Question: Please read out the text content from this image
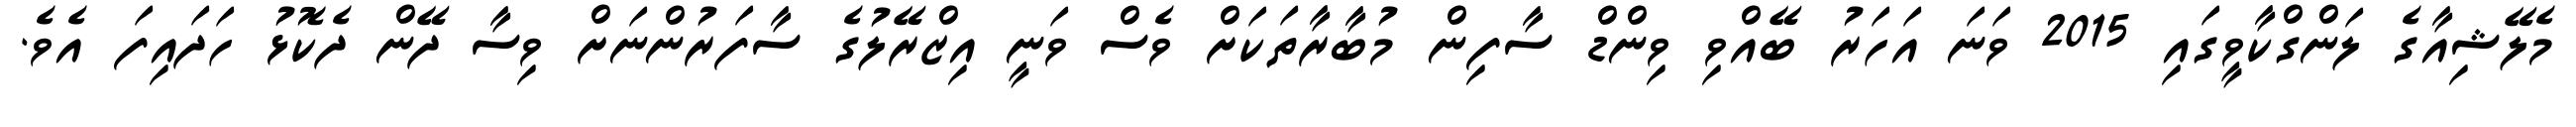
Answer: މެލޭޝިއާގެ ލަންގްކާވީގައި 2015 ވަނަ އަހަރު ބޭއްވި ވިންޑް ސާފިން މުބާރާތަކަށް ވެސް ވަނީ އިޒްރޭލުގެ ސާފަރުންނަށް ވިސާ ދޭން ދެކޮޅު ހަދައިފަ އެވެ.